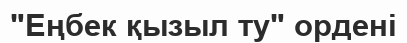
"Еңбек қызыл ту" ордені